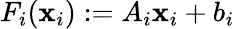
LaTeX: F_{i}({\mathbf x}_{i}):=A_{i}{\mathbf x}_{i}+b_{i}